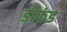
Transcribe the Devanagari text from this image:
डीफंड